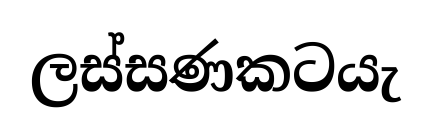
ලස්සණකටයැ